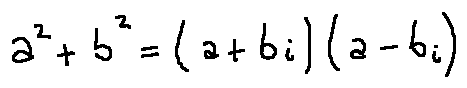
a ^ { 2 } + b ^ { 2 } = ( a + b i ) ( a - b i )